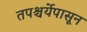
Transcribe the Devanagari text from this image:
तपश्चर्येपासून